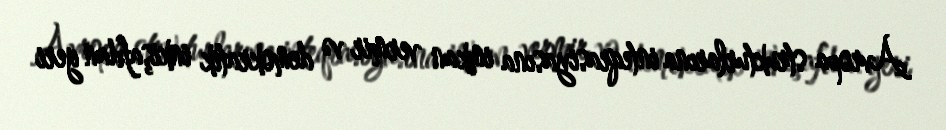
Avropa strukturlarına inteqrasiyasına imkan vermir və demokratik inkişafdan geri